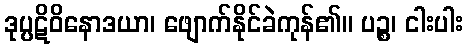
ဒုပ္ပဋိဝိနောဒယာ၊ ဖျောက်နိုင်ခဲကုန်၏။ ပဉ္စ၊ ငါးပါး